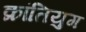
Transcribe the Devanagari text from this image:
क्रांतियुग